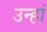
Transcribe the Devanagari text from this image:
उन्हां